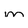
Character: m